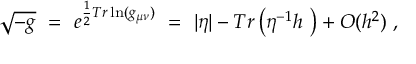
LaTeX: \sqrt { - g } ~ = ~ e ^ { \frac { 1 } { 2 } T r \ln ( g _ { \mu \nu } ) } ~ = ~ | \eta | - T r \left( \eta ^ { - 1 } h ~ \right) + { \cal O } ( h ^ { 2 } ) ~ ,